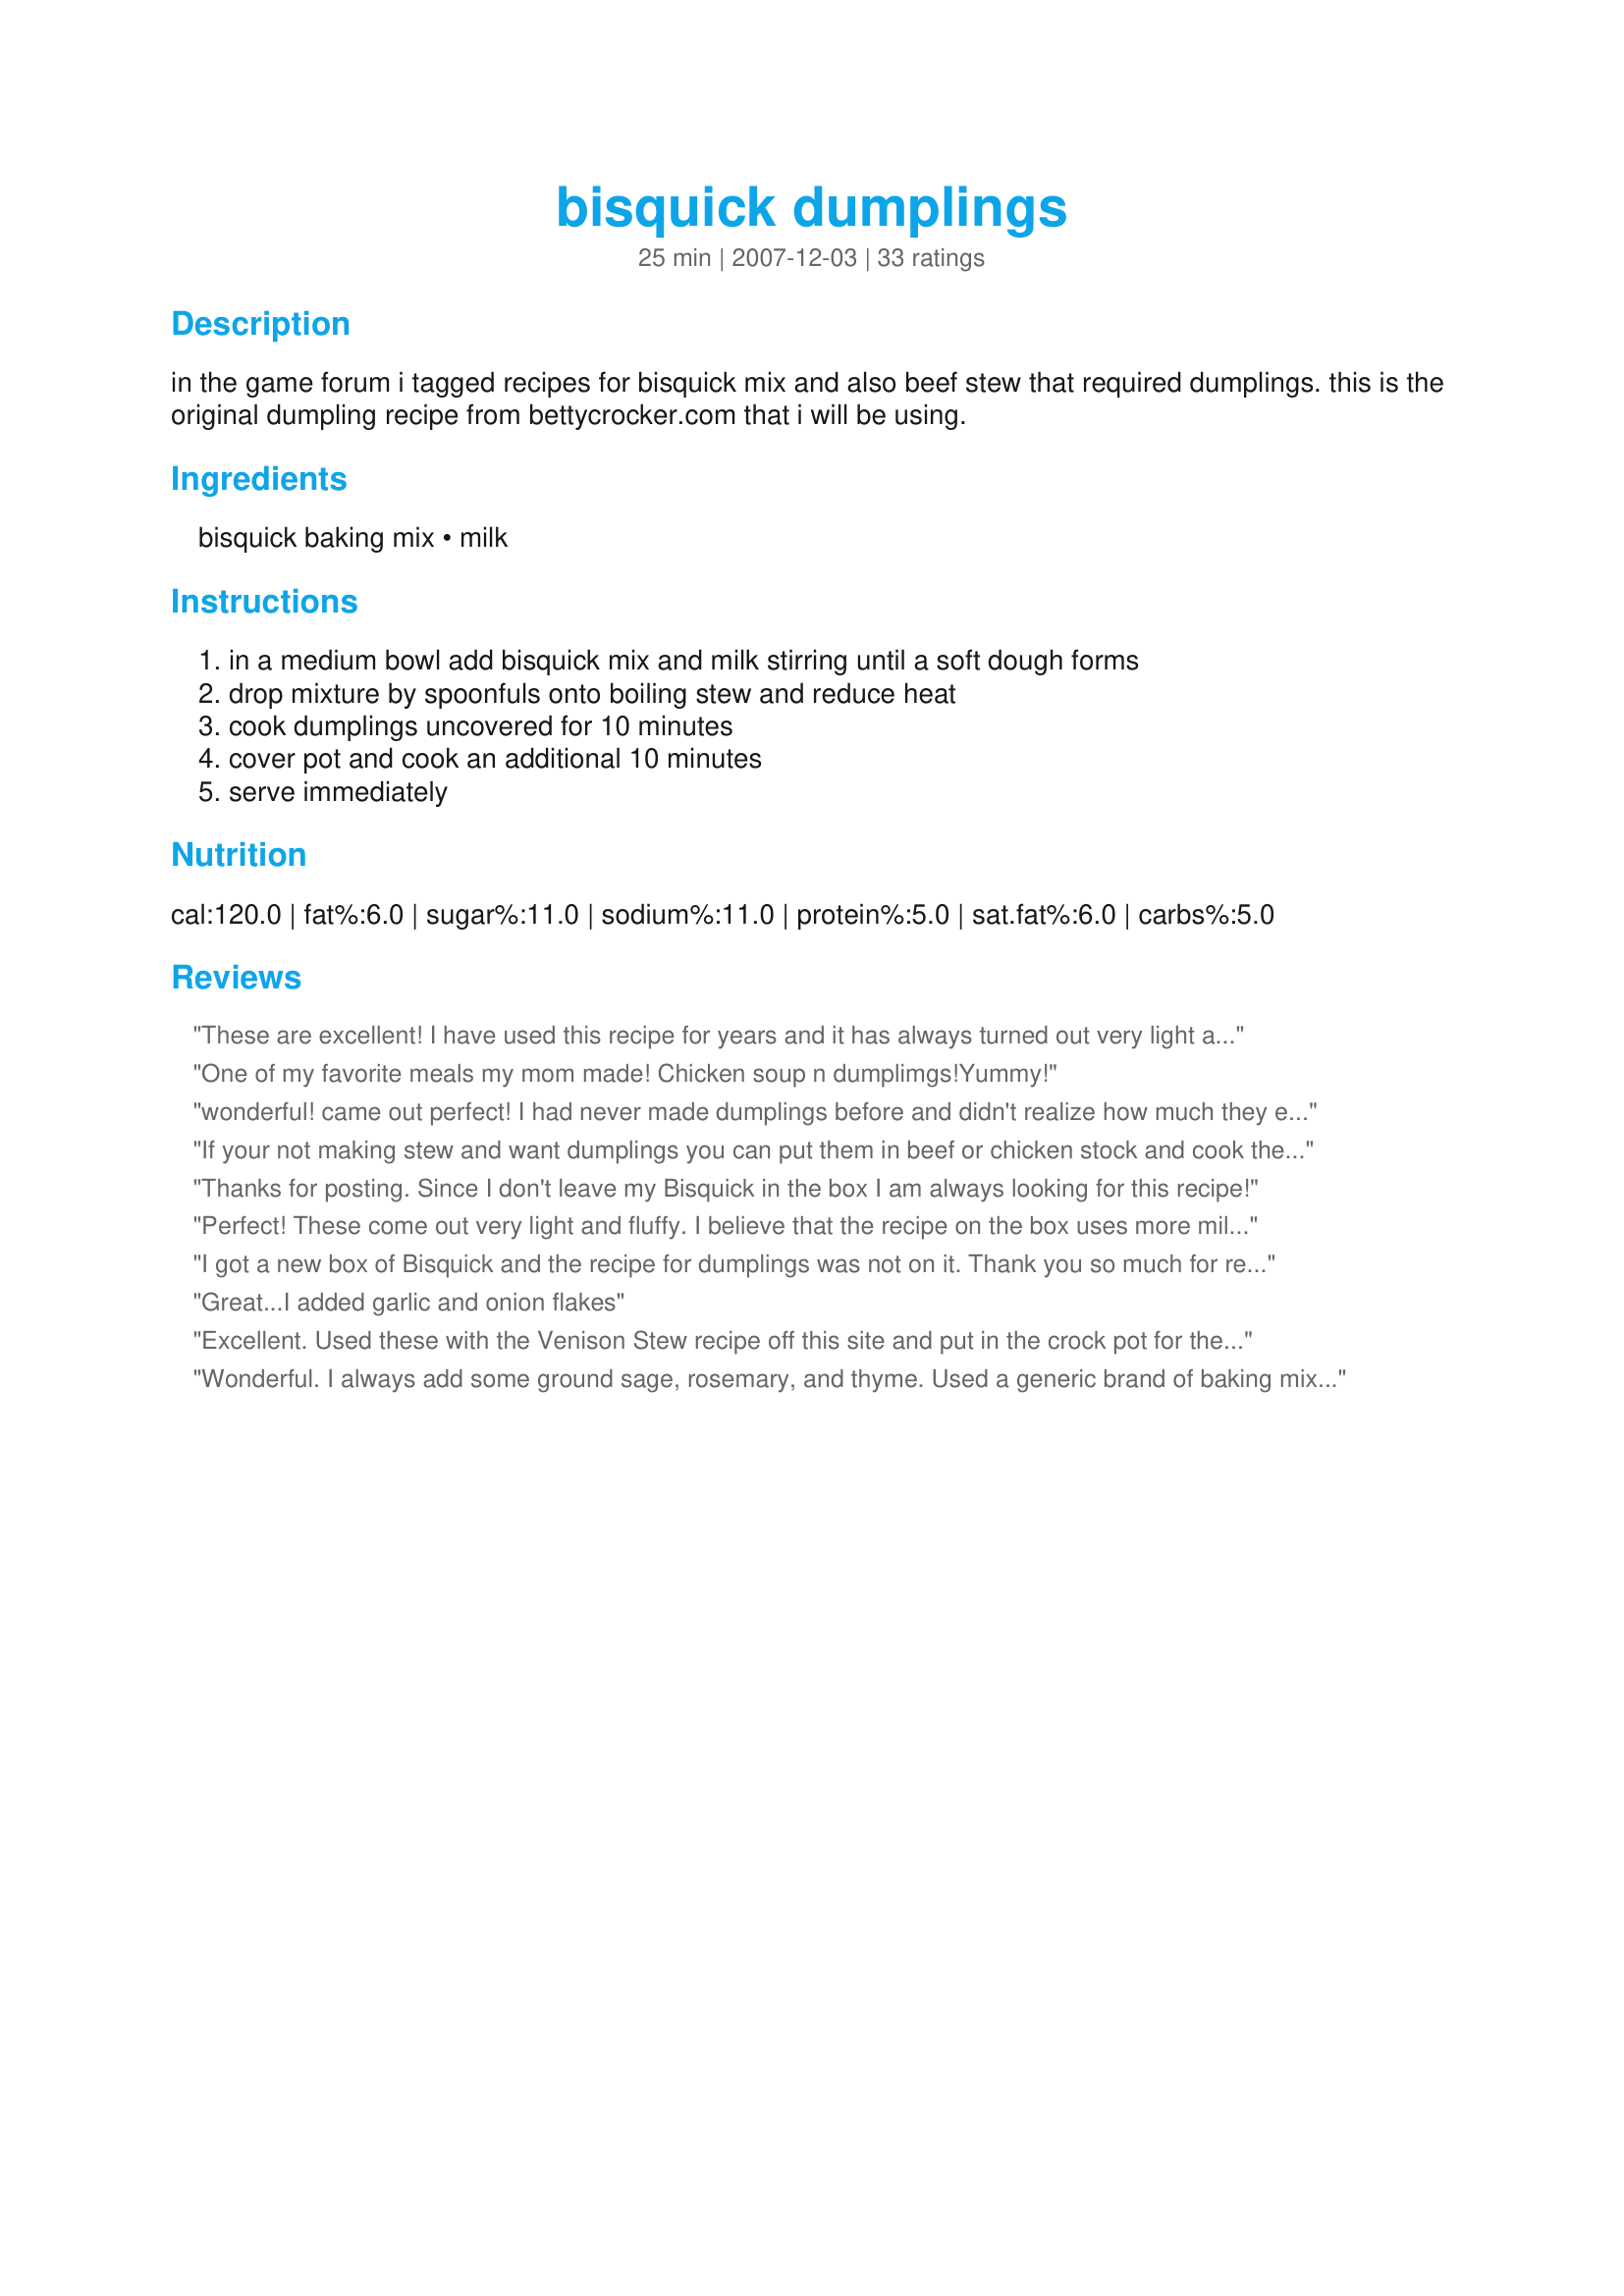
bisquick dumplings
Preparation time: 25 minutes

in the game forum i tagged recipes for bisquick mix and also beef stew that required dumplings. this is the original dumpling recipe from bettycrocker.com that i will be using.

Ingredients:
bisquick baking mix, milk

Steps:
in a medium bowl add bisquick mix and milk stirring until a soft dough forms, drop mixture by spoonfuls onto boiling stew and reduce heat, cook dumplings uncovered for 10 minutes, cover pot and cook an additional 10 minutes, serve immediately

Reviews:
These are excellent! I have used this recipe for years and it has always turned out very light and fluffy.
One of my favorite meals my mom made! Chicken soup n dumplimgs!Yummy!
wonderful! came out perfect! I had never made dumplings before and didn't realize how much they expand when you put them in the soup - doubled or tripled in size (for other newbies). I followed the directions but was in a hurry and cut both of the 10-minute periods to probably 5 minutes but they still came out perfect, as far as anyone could tell. thanks so much for sharing such an easy recipe!
If your not making stew and want dumplings you can put them in beef or chicken stock and cook them. They were good!
Thanks for posting. Since I don't leave my Bisquick in the box I am always looking for this recipe!
Perfect! These come out very light and fluffy. I believe that the recipe on the box uses more milk, which makes the dumplings more doughy. These are awesome, Add a touch of parsley, chive, rosemary, cracked black pepper, or cilanto for an extra special treat.
I got a new box of Bisquick and the recipe for dumplings was not on it. Thank you so much for refreshing my memory.
Great...I added garlic and onion flakes
Excellent. Used these with the Venison Stew recipe off this site and put in the crock pot for the last 25 minutes with the cover on. Perfect.
Wonderful. I always add some ground sage, rosemary, and thyme. Used a generic brand of baking mix which didn't have the dumpling recipe, so I was glad to find this one. Thank you for posting!
why do my dumplings dissolve? not a dumpling to be found :-(
This is my favorite way to make a quick dumpling! I used a slightly different approach by making them dryer (less milk), patting out on my board and cutting into strips. I do like to cover the pot during the last 10 minutes to moisten up the top layer. Using reduced-fat Bisquick, these were terrific in Recipe #262945 .
I remember these from my childhood. Mom added salt, pepper, and a little amount of fresh summer savoury and sage when we had it with chicken.I have not had them for a long time but after seeing this recipe I think Chicken & Dumplings will be on tomorrow's menu.Thank You!!!
Years ago I bought some apples that were not good eating apples.
I cooked them into sauce which came out very juicy. The flavor was the best ever. We used it for ice cream topping etc. I put the sauce into a baking dish and spooned the bisquick dumpling dough in small spoonfuls over the top with cinnamon and nutmeg, baked at 350 until the dumplings were done. We spooned the dumplings and sauce into dessert bowls and served warm with heavy cream. We make this every year after a trip to the apple orchard. I still have not found the original apple that was so horrible tasting. My friend thinks it might have been some kind of crabapple.
This is the recipe I have always used for dumplings. We love these with homemade chicken soup. I am glad to see it posted, the original recipe is no longer on the Bisquick box. It's nice to know it is saved here. Thanks for posting it!
Best, easiest homemade chicken dumpling soup ever! I’m a Trader Joe’s shopper so I used TJs baking mix and mirepoix (fresh chopped celery, onions and carrots.) And a fabulous $4.99 rotisserie chicken from Costco. Eat a meal of the chicken, there’s so much. Then take the rest of the meat off the bones, put bones, skin, drippings, water to cover, 2 bay leaves and 5 cloves, some chicken broth starter, salt and pepper. Simmer it while you’re home, it smells so heavenly. “Sweat” the veggies in a little butter and set them aside. Drain the broth through a colander, put chicken, veggies and broth back in the pan, bring to a boil and add your dumplings. I used the suggestion of another reviewer and added a bit of sage, rosemary and thyme that I ground in my mortar and pestle. Have a sick friend? Family coming in for the weekend? Make the soup except for the dumplings, make them when you’re ready to eat. Easy peasy and delicious.
Why did my dumplings disintegrate?
So easy!! Thanks!! :)
This is how my mom made dumplings for as long as I can remember. Luckily, my mom always cut out the recipes on the Bisquick box, so I still have it. Now I make mine the same way. What could be easier?!? We always boil chicken and add the dumplings to the broth. Simple and delicious. It is one of my family's favorite meals! As a matter of fact, the first time my DH tasted chicken & dumplings, close to 20 years ago, he loved them so much that he went to his mom to ask why she never made them :-) Thanks for posting!
Oh yeah these babies are the bomb for sure! I always make these kind of dumplings, they are light and fluffy and sooo good with some salt pepper and paprika sprinkled on top. If you wanna avoid all of the bad ingredients, like trans fat, then try making your own recipe #12648 works good, and there are many others like it. I tried making regular dumpling recipe i found here and they turned out to be so dense, and some people prefer them like that (like cracker barrel dumplings) but I do not. This light airy fluffy moist dumpling bisquick makes is MUCH better !!
Note: If you want to make your own bisquick and it be free of transfat, then you'll need to use organic shortening, as all conventional shortenings have hydrogenated oils in them. Organic shortening is just pure palm oil and is not hydrogenated.
great dumplings, I have made these before this time I added in garlic powder and seasoned salt, I dropped them in my pork broth, thanks for sharing Lori, these were made for KK's forum Recipe Tag game
Fluffy! I add these to boiled chicken and dash some pepper on top.
These turned out just perfect! Great flavor (I added salt pepper and garlic powder that's the only change I made) They are fluffy and don't get soggy and the directs are just right so they cook all the way in the middle. Thanks for sharing
This recipe is the best, have been using Biscuick for my chicken dumpling soup since 1987...You can't go wrong. Light and delicious..
This is how I always made my dumplings, too. So good!
I use them for Recipe #219330.
I have made this many many times. It is a wonderful recipe for dumplings. It thickens your broth and makes these moist, almost biscuit-like dumplings that just melt away in your mouth. You can add them to a simple beef broth for a quick wintertime lunch. I will add that I have never found the need to cover the pot after the first 10 minutes, I've found no difference if uncovered the entire cooking time. This is a must try for anyone who likes comfort food! Made for PHOTO TAG, WINTER 2007 (Cooking Game)
These turned out beautifully. I did add Salt, Pepper and Paprika to taste. I had a huge roasting pan full of stew so I couldn't boil the stew on my stovetop, so I turned the temperature up to 425 in the oven and left the top off the roasting pan and cooked for 20 minutes. The top was like a plain tea biscuit and the bottom were perfect dumplings!
The absolutely best recipe I have ever used. They were wonderfully fluffy. My family loved them, I followed the recipe exactly and had great results.
Finally! A recipe that reminds me of Grossmutter's dumplings. I'm so glad you posted it. They were wonderful. Put them on top of a beef stew in the crock pot and left the lid on. Let them cook for about 25 minutes. They were great! Can't wait to do it again.
Light and fluffy. So nice to have a sure-fire, come-out-right recipe.
This is the only way I make my dumplings for chicken n' dumplings. Usually I add a little black pepper and some paprika. Im glad I found this recipe on here. Now i'll always have it. Thanks for posting!!
I used the recipe as called but added some seasons by McCormick and Mrs Dash, turned out awesome and everyone loved it.
wonderful =light -fluffy-used them in a blueberry ish and was fantastic=
